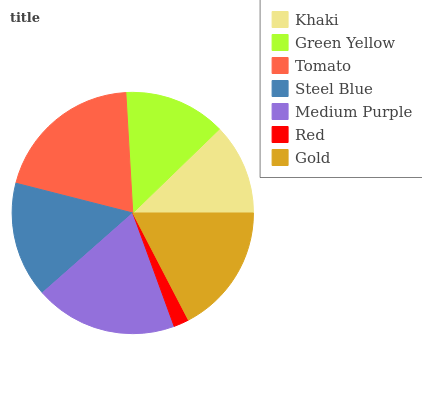
| Khaki | Green Yellow | Tomato | Steel Blue | Medium Purple | Red | Gold |
 | --- | --- | --- | --- | --- | --- | --- |
 | 12.3% | 13.7% | 20.1% | 15.5% | 19.1% | 2.05% | 17.4% |